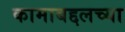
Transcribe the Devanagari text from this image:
कामाबद्दलच्या